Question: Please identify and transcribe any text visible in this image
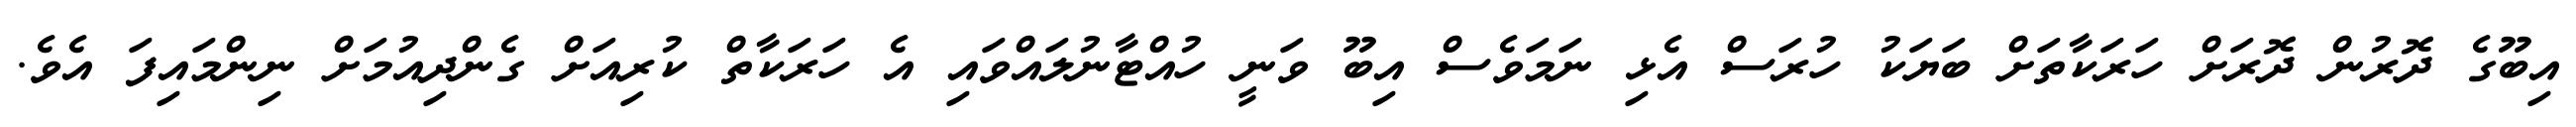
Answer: އިބޫގެ ދޮރުން ދޮރަށް ހަރަކާތަށް ބަޔަކު ހުރަސް އެޅި ނަމަވެސް އިބޫ ވަނީ ހުއްޓާނުލައްވައި އެ ހަރަކާތް ކުރިއަށް ގެންދިއުމަށް ނިންމައިފަ އެވެ.